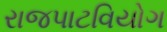
રાજપાટવિયોગ